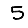
Digit: 5